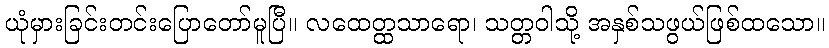
ယုံမှားခြင်းတင်းပြောတော်မူပြီ။ လထေတ္ထသာရော၊ သတ္တဝါသို့ အနှစ်သဖွယ်ဖြစ်ထသော။